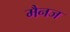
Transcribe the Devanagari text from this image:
मैनज